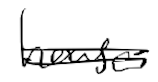
Text: house
Cross-out: double-line
Writing tool: digital_black